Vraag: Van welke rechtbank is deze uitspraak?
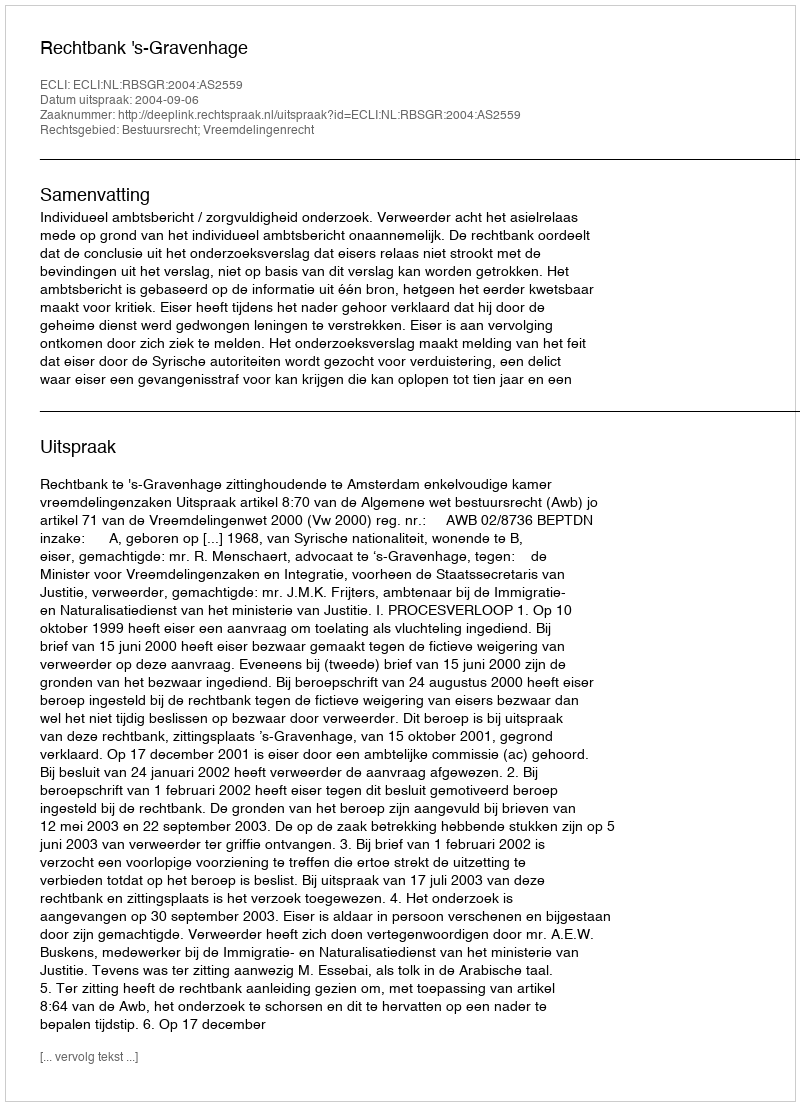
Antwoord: Rechtbank 's-Gravenhage